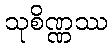
သုစိဏ္ဏဿ